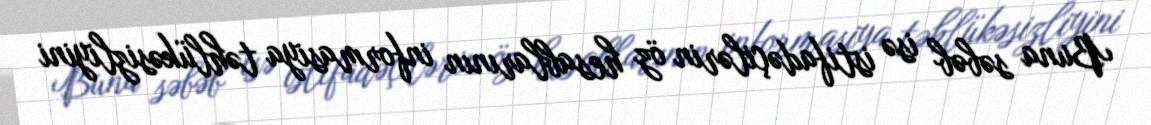
Buna səbəb isə istifadəçilərin öz hesablarının informasiya təhlükəsizliyini